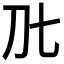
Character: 𭃃